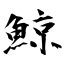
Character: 鯨